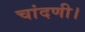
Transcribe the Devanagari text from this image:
चांदणी।